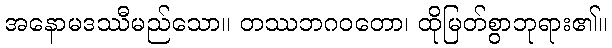
အနောမဒဿီမည်သော။ တဿဘဂဝတော၊ ထိုမြတ်စွာဘုရား၏။